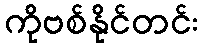
ကိုဗစ်နိုင်တင်း